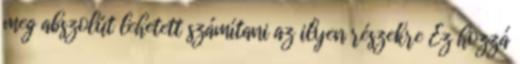
meg abszolút lehetett számítani az ilyen részekre Ez hozzá